system: You are a helpful assistant.
user:
Analyze the provided spectrum to determine if it is a **White Dwarf (WD)**.

A White Dwarf spectrum is defined by its **extreme purity** (due to gravitational settling) and/or **extreme pressure broadening** (due to high surface gravity). You must check for one of the following mutually exclusive signatures:

- **Key Visual Indicators (Check for ONE of these types):**

    - **1. DA-Type Signature (Most Common):**
        - **(Primary Feature):** Extreme pressure broadening (Stark broadening) of the **Hydrogen (H) Balmer lines**.
        - **(Key Lines):** $H\beta$ (approx. $4861$ Å) and $H\gamma$ (approx. $4340$ Å). $H\alpha$ (approx. $6563$ Å) will also be present if the wavelength range covers it.
        - **(Line Profile):** This is the **defining feature**. The lines are **NOT** sharp. They appear as massive, **extremely broad and deep "troughs" or "dips"** in the spectrum, often hundreds of Ångströms wide. The continuum will appear to "scoop" down at these wavelengths.
        - **(Distinction):** Normal A-type or B-type stars have *narrow* and *sharp* Hydrogen lines. A DA White Dwarf's lines are unmistakably "smeared" or "blurry" from pressure.

    - **2. DB-Type Signature:**
        - **(Primary Feature):** Broad absorption lines from **Neutral Helium (He I)**. The spectrum must lack any visible Hydrogen lines.
        - **(Key Lines):** Look for broad absorption near $4471$ Å, $4921$ Å, and $5876$ Å.
        - **(Line Profile):** These lines are also significantly pressure-broadened, appearing much wider than they would in a normal B-type main-sequence star.

    - **3. DC-Type Signature:**
        - **(Primary Feature):** A **featureless continuous spectrum**.
        - **(Line Profile):** The spectrum is a smooth curve with **no significant absorption or emission lines**.
        - **(Key Confirmation):** The continuum is almost always **blue or white**, indicating a hot object. This signature implies the atmosphere is so pure (or so cool) that no spectral lines are visible in the optical range. Its WD identity is confirmed by its extremely low intrinsic brightness (high absolute magnitude).

    - **4. DZ-Type Signature (Metal-Polluted):**
        - **(Primary Feature):** **Isolated, narrow metal absorption lines** on an otherwise featureless (DC-like) continuum.
        - **(Key Lines):** The **Calcium (Ca II) H & K doublet** (approx. **$3934$ Å** and **$3968$ Å**) is the most common and defining feature.
        - **(Line Profile):** These lines are "out of place." They are *not* part of a "forest" of thousands of lines. This signature is evidence of recent *accretion* (pollution) from rocky debris.
        - **(Distinction):** Normal G/K/M stars have a *dense forest* of thousands of metal lines. A DZ has a *clean* continuum with *only a few* strong metal lines.

    - **5. DQ-Type Signature (Carbon-Polluted):**
        - **(Primary Feature):** Absorption bands from **Carbon (C₂ "Swan Bands" or atomic C I)**.
        - **(Key Lines - C₂):** Look for bandheads with a "saw-tooth" shape near $5635$ Å, **$5165$ Å** (strongest), and $4737$ Å.
        - **(Key Confirmation):** The underlying **continuum must be blue or white** (hot).
        - **(Distinction):** This is the critical difference from a **Carbon Star**, which has the *exact same* C₂ bands but on an extremely **red, cool** continuum.

- **(Overall Spectrum):**
    - The continuum (overall shape) is typically **blue-sloping** (brighter in the blue than the red), as most white dwarfs are very hot.
    - The spectrum will look "pure" or "simple," dominated by only *one* of the five signatures listed above.

Think first, call **spectral_visualization_tool** if needed to examine features in detail, then provide your final answer. Your response must adhere to the following strict rules:
1.  **Overall Structure:** Your response must follow the format `<think>...</think> <tool_call>...</tool_call> (if a tool is used) <answer>...</answer>`.
2.  **Tool Usage Constraint:** You may only make **one** tool call per turn.
3.  **Final Answer Format:** In the `<answer>` tag, your conclusion must be inside a `\boxed{}` command (e.g., `\boxed{YES}` or `\boxed{NO}`), followed by your justification.

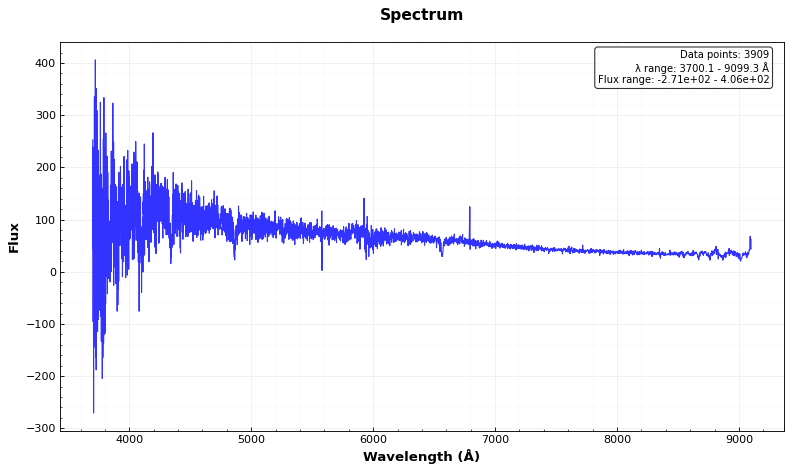
Answer: NO